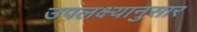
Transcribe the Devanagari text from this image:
उपलक्ष्यानुसार